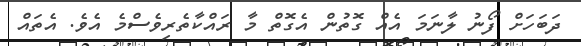
ދަބަހަށް ފޯނު ލާނަމަ އެއް ގޮތުން އެގޮތް މާ ރައްކާތެރިވެސްމެ އެވެ. އެތައް